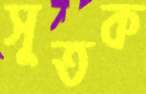
সূতক